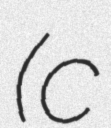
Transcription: (c